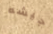
جيشه